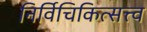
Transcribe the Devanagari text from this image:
निर्विचिकित्सत्त्व